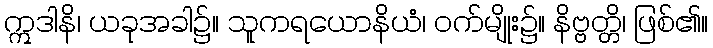
ဣဒါနိ၊ ယခုအခါ၌။ သူကရယောနိယံ၊ ဝက်မျိုး၌။ နိဗ္ဗတ္တိ၊ ဖြစ်၏။